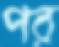
পর